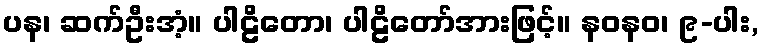
ပန၊ ဆက်ဦးအံ့။ ပါဠိတော၊ ပါဠိတော်အားဖြင့်။ နဝနဝ၊ ၉-ပါး,